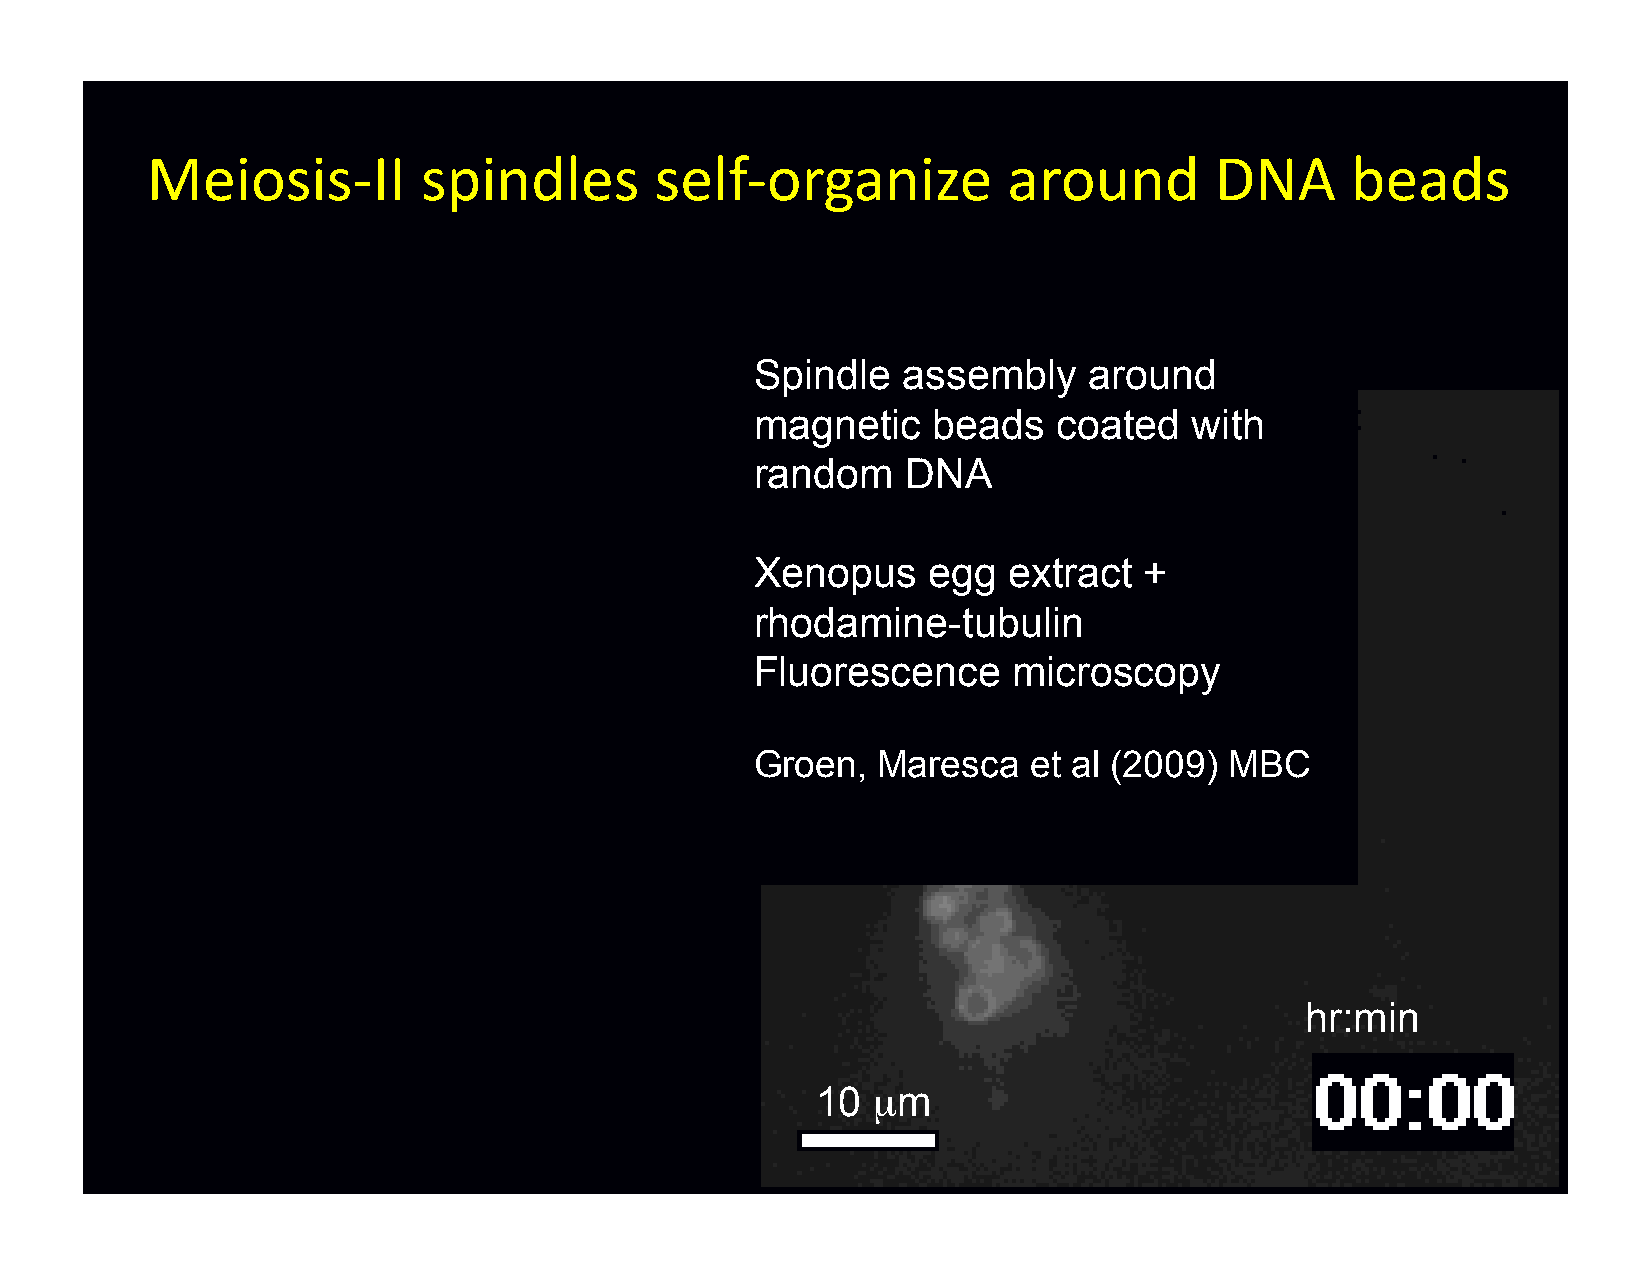
Meiosis-­‐II      spindles       self-­‐organize         around       DNA      beads
 Spindle   assembly    around
 magnetic    beads   coated   with
 random    DNA
 Xenopus    egg   extract  +
 rhodamine-tubulin
 Fluorescence     microscopy
 Groen,  Maresca   et al (2009) MBC
 hr:min
 10  µm